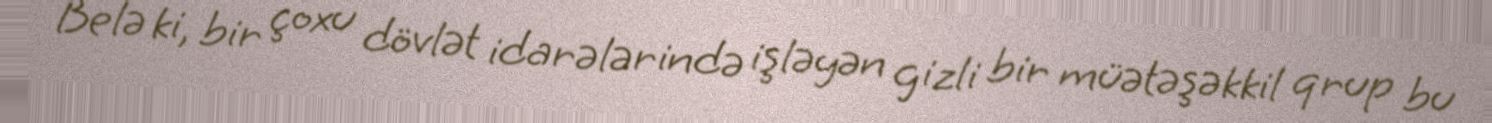
Belə ki, bir çoxu dövlət idarələrində işləyən gizli bir müətəşəkkil qrup bu